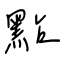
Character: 點